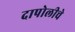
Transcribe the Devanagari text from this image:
दापोलीचे